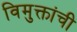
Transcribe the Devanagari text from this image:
विमुक्तांची